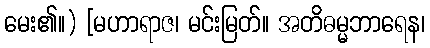
မေး၏။) [မဟာရာဇ၊ မင်းမြတ်။ အတိဓမ္မဘာရေန၊